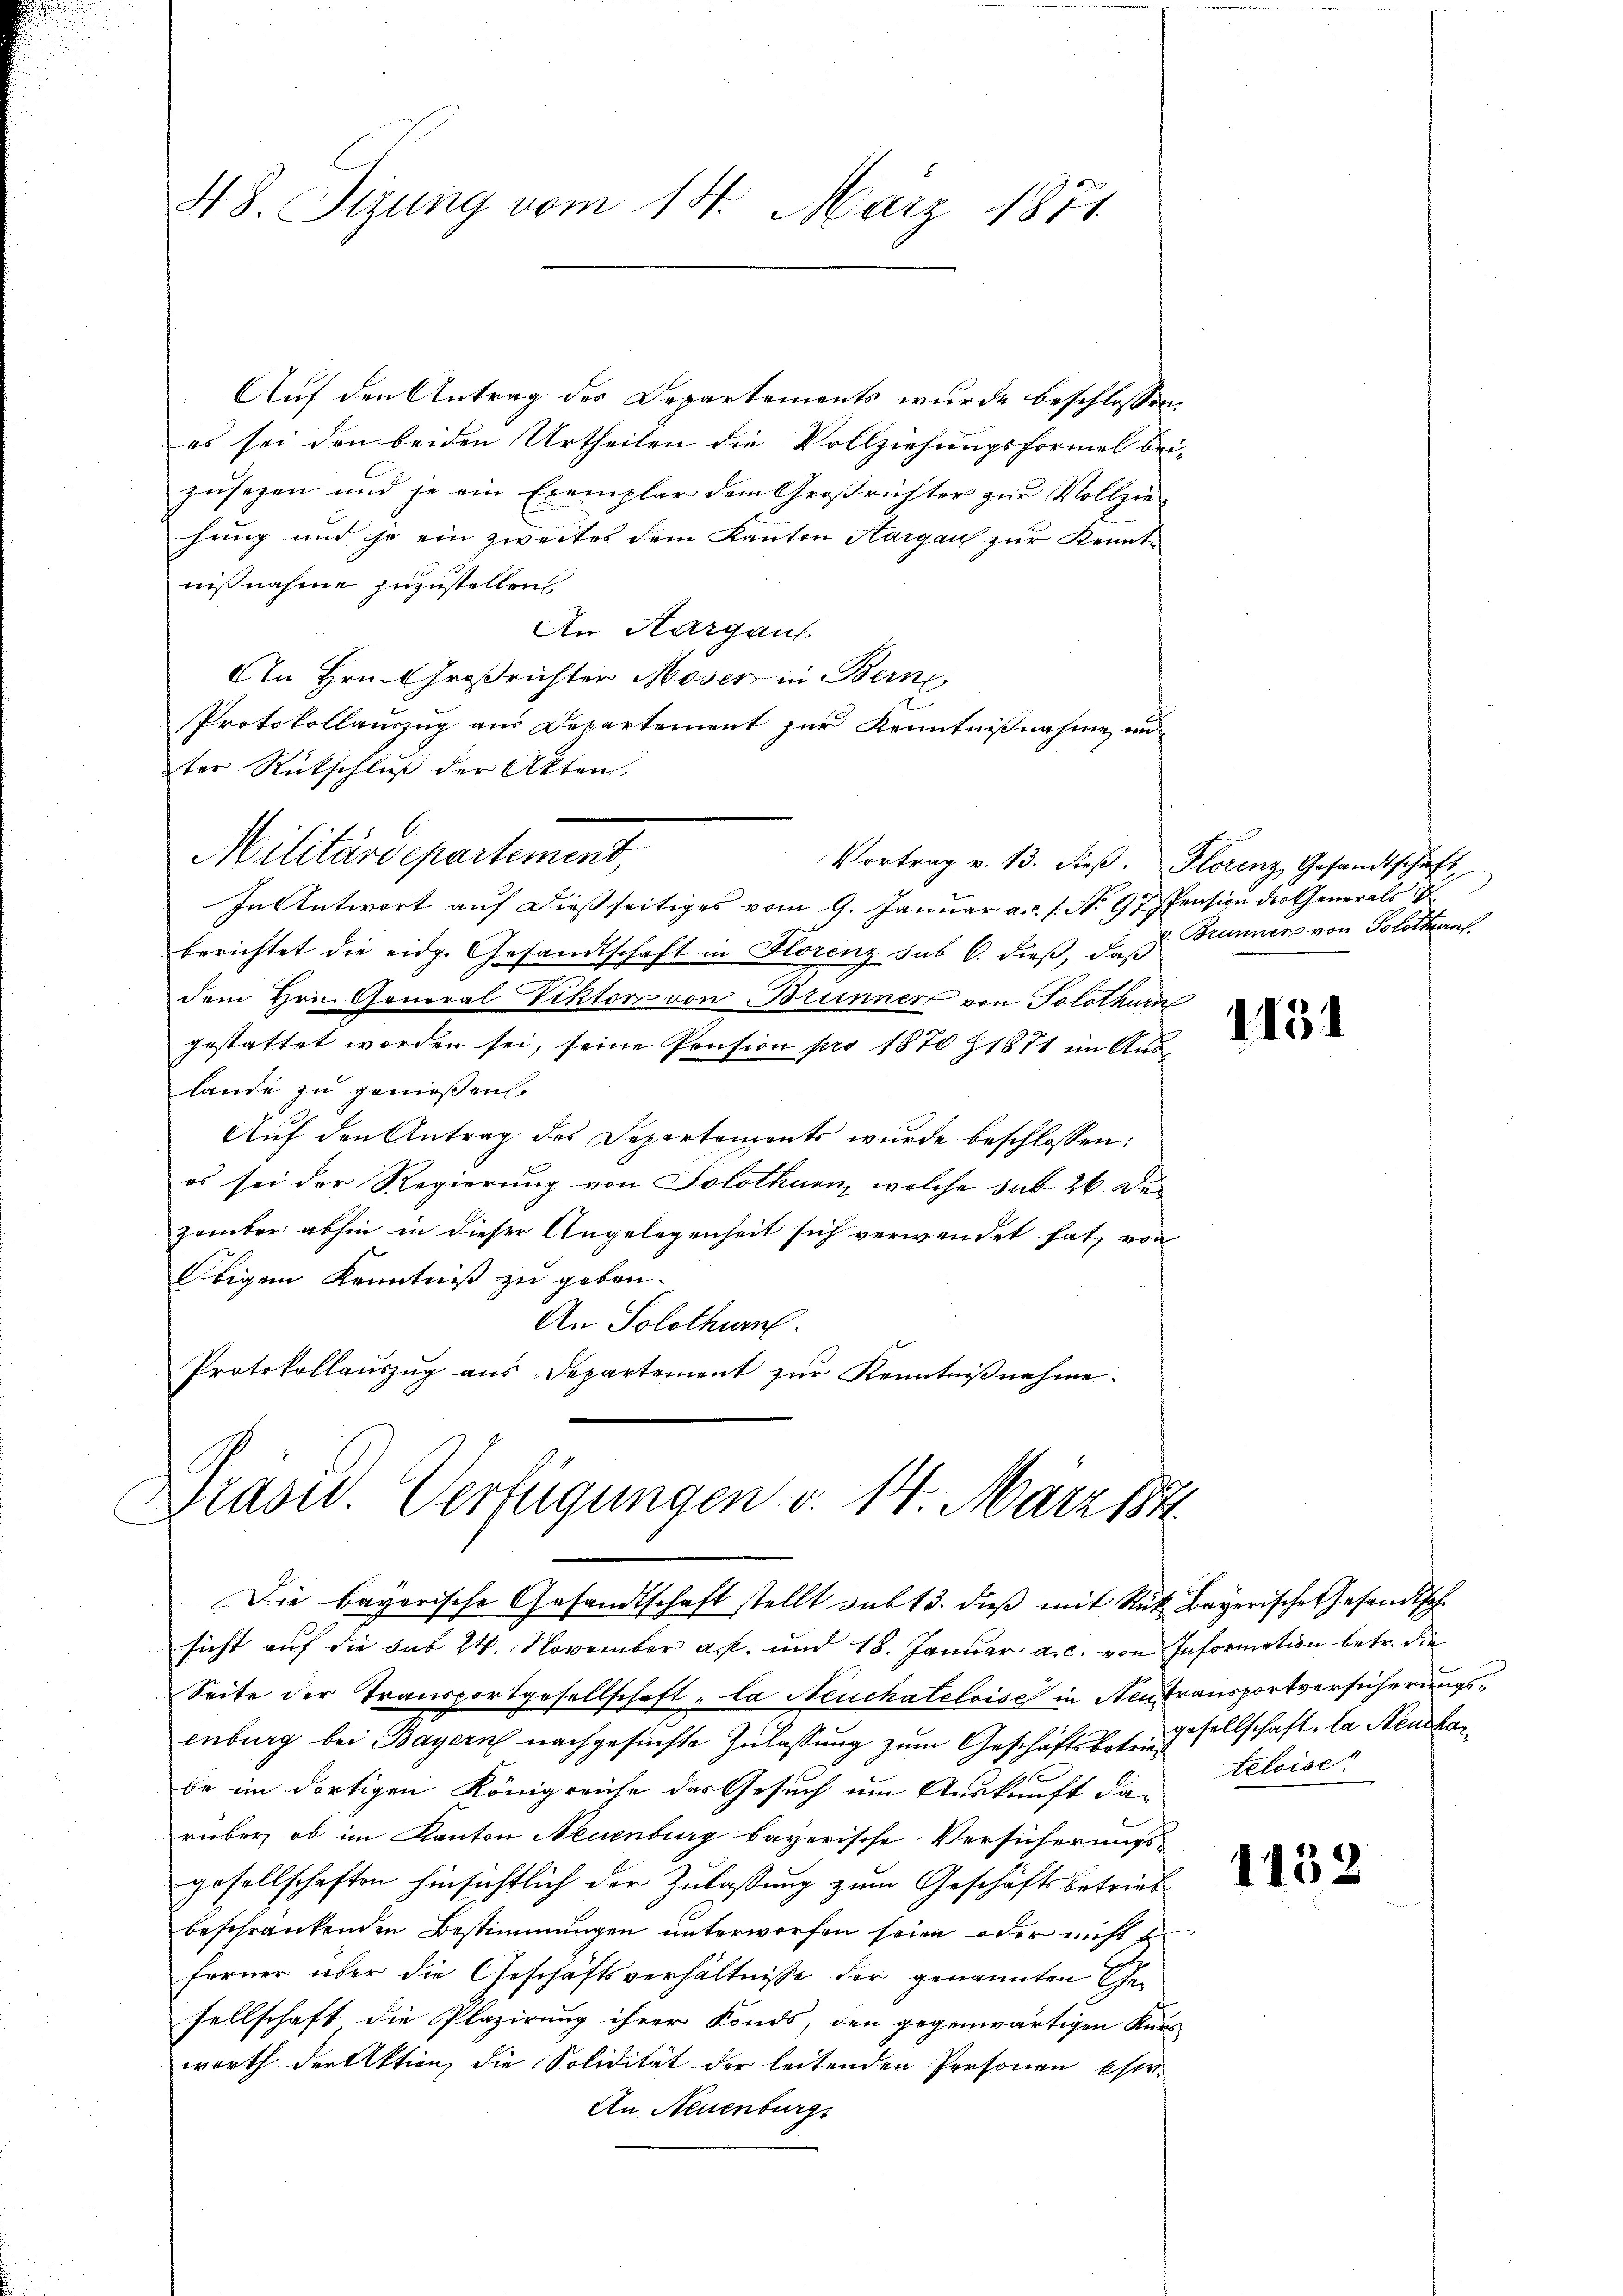
48. Sizung vom 14. März 1871

Auf den Antrag des Departements wurde beschlossen:
es sei den beiden Urtheilen die Vollziehungsformel bei-
zusezen und je ein Exemplar dem Großrichter zur Vollzie-
hung und je ein zweites dem Kanton Aargau zur Kenntnißnahme zuzustellen.
An Aargaus
An Hrn. Großrichter Moser in Berne
Protokollauszug aus Departement zur Kenntnißnahme in
ter Rückschluß der Akten,
Militärdepartement,
Vortrag v. 13. dieβ. Florenz Gesandtschaft,
In Antwort auf dießseitiges vom 9. Januar a. s. No. 97 Pension der Generals
berichtet die eidg. Gesandtschaft in Florenz sub 6. dieβ, daß
dem Hrn. General Viktor von Brunner von Solothurn
gestattet worden sei, seine Pension pro 1870 § 1871 im Auslande zu geniessen.
Auf den Antrag des Departements wurde beschlossen:
es sei der Regierung von Solothurn, welche sub 26. Dezember abhin in dieser Angelegenheit sich verwendet hat, von
Obigem Kenntniß zu geben.
An Solothurn
Protokollauszug aus Departement zur Kenntnißnahme

Präsid. Verfügungen v. 14. März 184
Die bayerische Gesandtschaft stellt sub 13. dieß mit Rük Bayerische Gesandtsche

v. Brunner von Solothurn

sicht auf die sub 24. November a. und 18. Januar a. c. von Information betr. die
Seite der Transportgesellschaft „la Neuchateloise in Neutransportversicherungsenburg bei Bayern nachgesuchte Zulassung zum Geschäftsbetr. Gesellschaft, la Neucharbe im dortigen Königreiche das Gesuch um Auskunft darüber, ob im Kanton Neuenburg bayerische Versicherungs-
gesellschaften hinsichtlich der Zulassung zum Geschäftsbetrieb
beschränkenden Bestimmungen unterworfen seien oder nicht
ferner über die Geschäftsverhältnisse der genannten Gesellschaft die Plazirung ihrer Konds, den gegenwärtigen Kurs
worth der Aktien, die Solidität der leitenden Personen estr.
An Neuenburgs

1151

teloise

1152